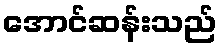
အောင်ဆန်းသည်